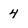
Character: 4